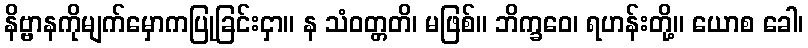
နိဗ္ဗာနကိုမျက်မှောကပြုခြင်းငှာ။ န သံဝတ္တတိ၊ မဖြစ်။ ဘိက္ခဝေ၊ ရဟန်းတို့။ ယောစ ခေါ၊